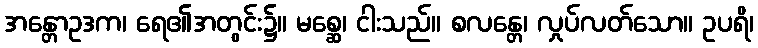
အန္တောဥဒက၊ ရေ၏အတွင်း၌။ မစ္ဆေ၊ ငါးသည်။ စလန္တေ၊ လှုပ်လတ်သော။ ဥပရိ၊